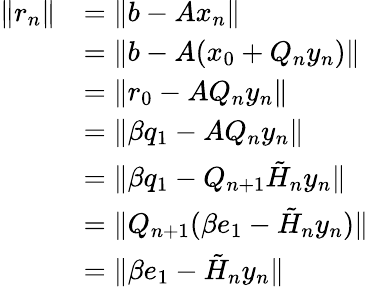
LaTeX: {\begin{array}{rl}{\| r_{n}\| }&{=\| b-Ax_{n}\| }\\ &{=\| b-A(x_{0}+Q_{n}y_{n})\| }\\ &{=\| r_{0}-AQ_{n}y_{n}\| }\\ &{=\| \beta q_{1}-AQ_{n}y_{n}\| }\\ &{=\| \beta q_{1}-Q_{n+1}{\tilde{H}}_{n}y_{n}\| }\\ &{=\| Q_{n+1}(\beta e_{1}-{\tilde{H}}_{n}y_{n})\| }\\ &{=\| \beta e_{1}-{\tilde{H}}_{n}y_{n}\| }\end{array}}